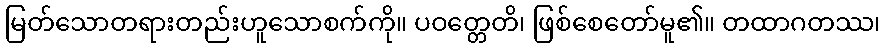
မြတ်သောတရားတည်းဟူသောစက်ကို။ ပဝတ္တေတိ၊ ဖြစ်စေတော်မူ၏။ တထာဂတဿ၊